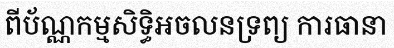
ពីប័ណ្ណកម្មសិទ្ធិអចលនទ្រព្យ ការធានា